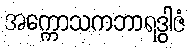
အက္ကောသကဘာရဒွါဇံ